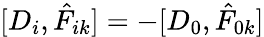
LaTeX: [D_{i},\hat{F}_{ik}]=-[D_{0},\hat{F}_{0k}]